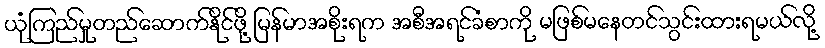
ယုံကြည်မှုတည်ဆောက်နိုင်ဖို့ မြန်မာအစိုးရက အစီအရင်ခံစာကို မဖြစ်မနေတင်သွင်းထားရမယ်လို့